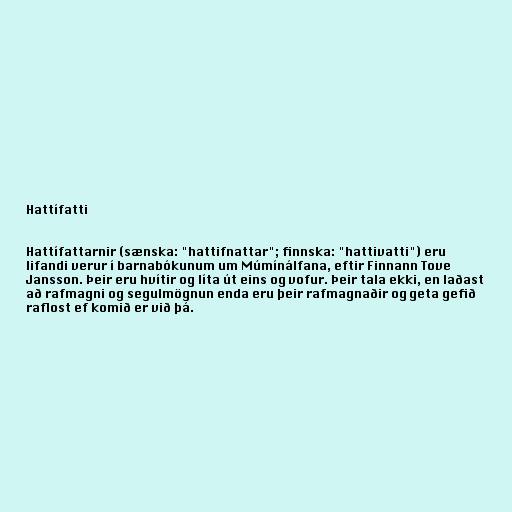
Hattífatti

Hattífattarnir (sænska: "hattifnattar"; finnska: "hattivatti") eru
lifandi verur í barnabókunum um Múmínálfana, eftir Finnann Tove
Jansson. Þeir eru hvítir og líta út eins og vofur. Þeir tala ekki, en laðast
að rafmagni og segulmögnun enda eru þeir rafmagnaðir og geta gefið
raflost ef komið er við þá.